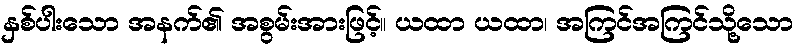
နှစ်ပါးသော အနက်၏ အစွမ်းအားဖြင့်။ ယထာ ယထာ၊ အကြင်အကြင်သို့သော